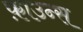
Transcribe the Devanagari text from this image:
फ़ाउन्स